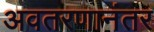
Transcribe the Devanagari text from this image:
अवतरणानंतर